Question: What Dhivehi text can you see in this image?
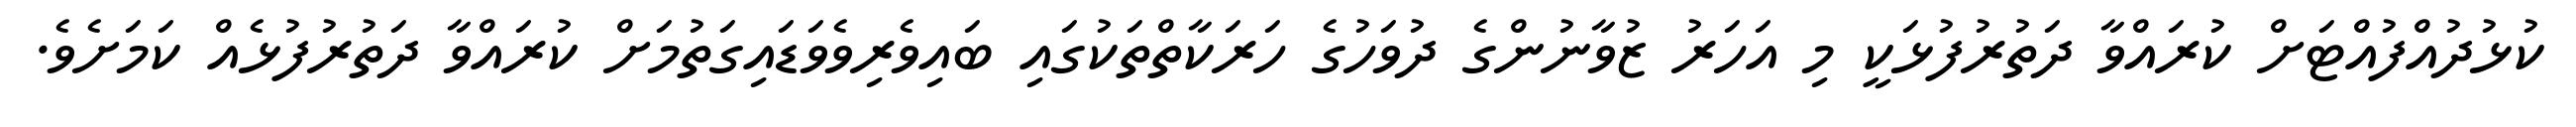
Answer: ކުޅުދުއްފުއްޓަށް ކުރައްވާ ދަތުރުފުޅަކީ މި އަހަރު ޒުވާނުންގެ ދުވަހުގެ ހަރަކާތްތަކުގައި ބައިވެރިވެވަޑައިގަތުމަށް ކުރައްވާ ދަތުރުފުޅެއް ކަމަށެވެ.